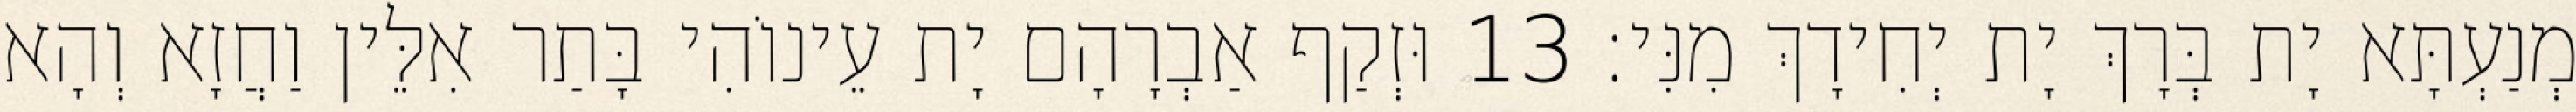
מְנַעְתָּא יָת בְּרָךְ יָת יְחִידָךְ מִנִּי׃ 13 וּזְקַף אַבְרָהָם יָת עֵינוֹהִי בָּתַר אִלֵּין וַחֲזָא וְהָא